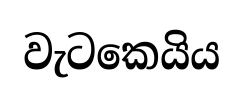
වැටකෙයිය